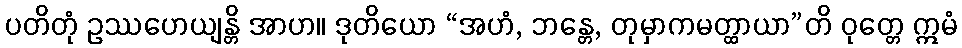
ပတိတုံ ဥဿဟေယျန္တိ အာဟ။ ဒုတိယော “အဟံ, ဘန္တေ, တုမှာကမတ္ထာယာ”တိ ဝုတ္တေ ဣမံ